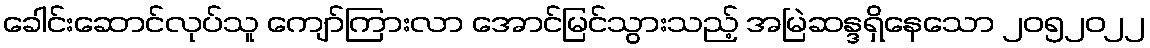
ခေါင်းဆောင်လုပ်သူ ကျော်ကြားလာ အောင်မြင်သွားသည့် အမြဲဆန္ဒရှိနေသော ၂၀၅၂၀၂၂